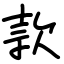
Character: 款